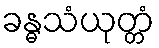
ခန္ဓသံယုတ္တံ